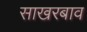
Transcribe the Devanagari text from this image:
साखरबाव